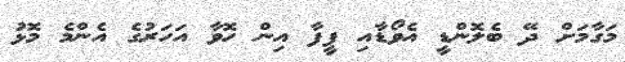
މަގާމަށް ދޭ ބެލޮންޑީ އެވޯޑާއި ފީފާ އިން ހޮވާ އަހަރުގެ އެންމެ މޮޅު